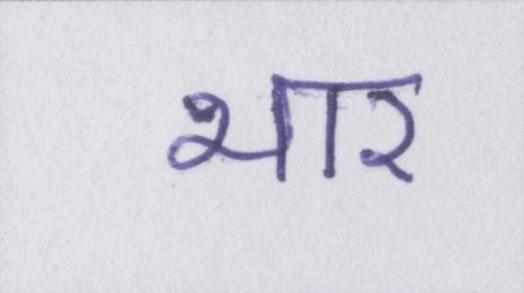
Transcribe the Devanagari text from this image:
भार